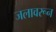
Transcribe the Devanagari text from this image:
जलावरून